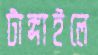
টাঙ্গাইলে